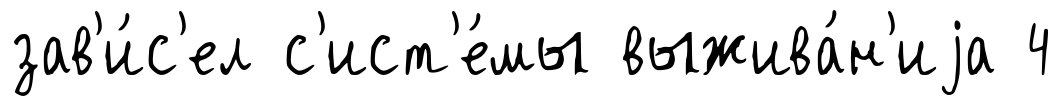
зав'и́с'ел с'ист'е́мы выжива́н'иjа 4